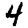
Digit: 4